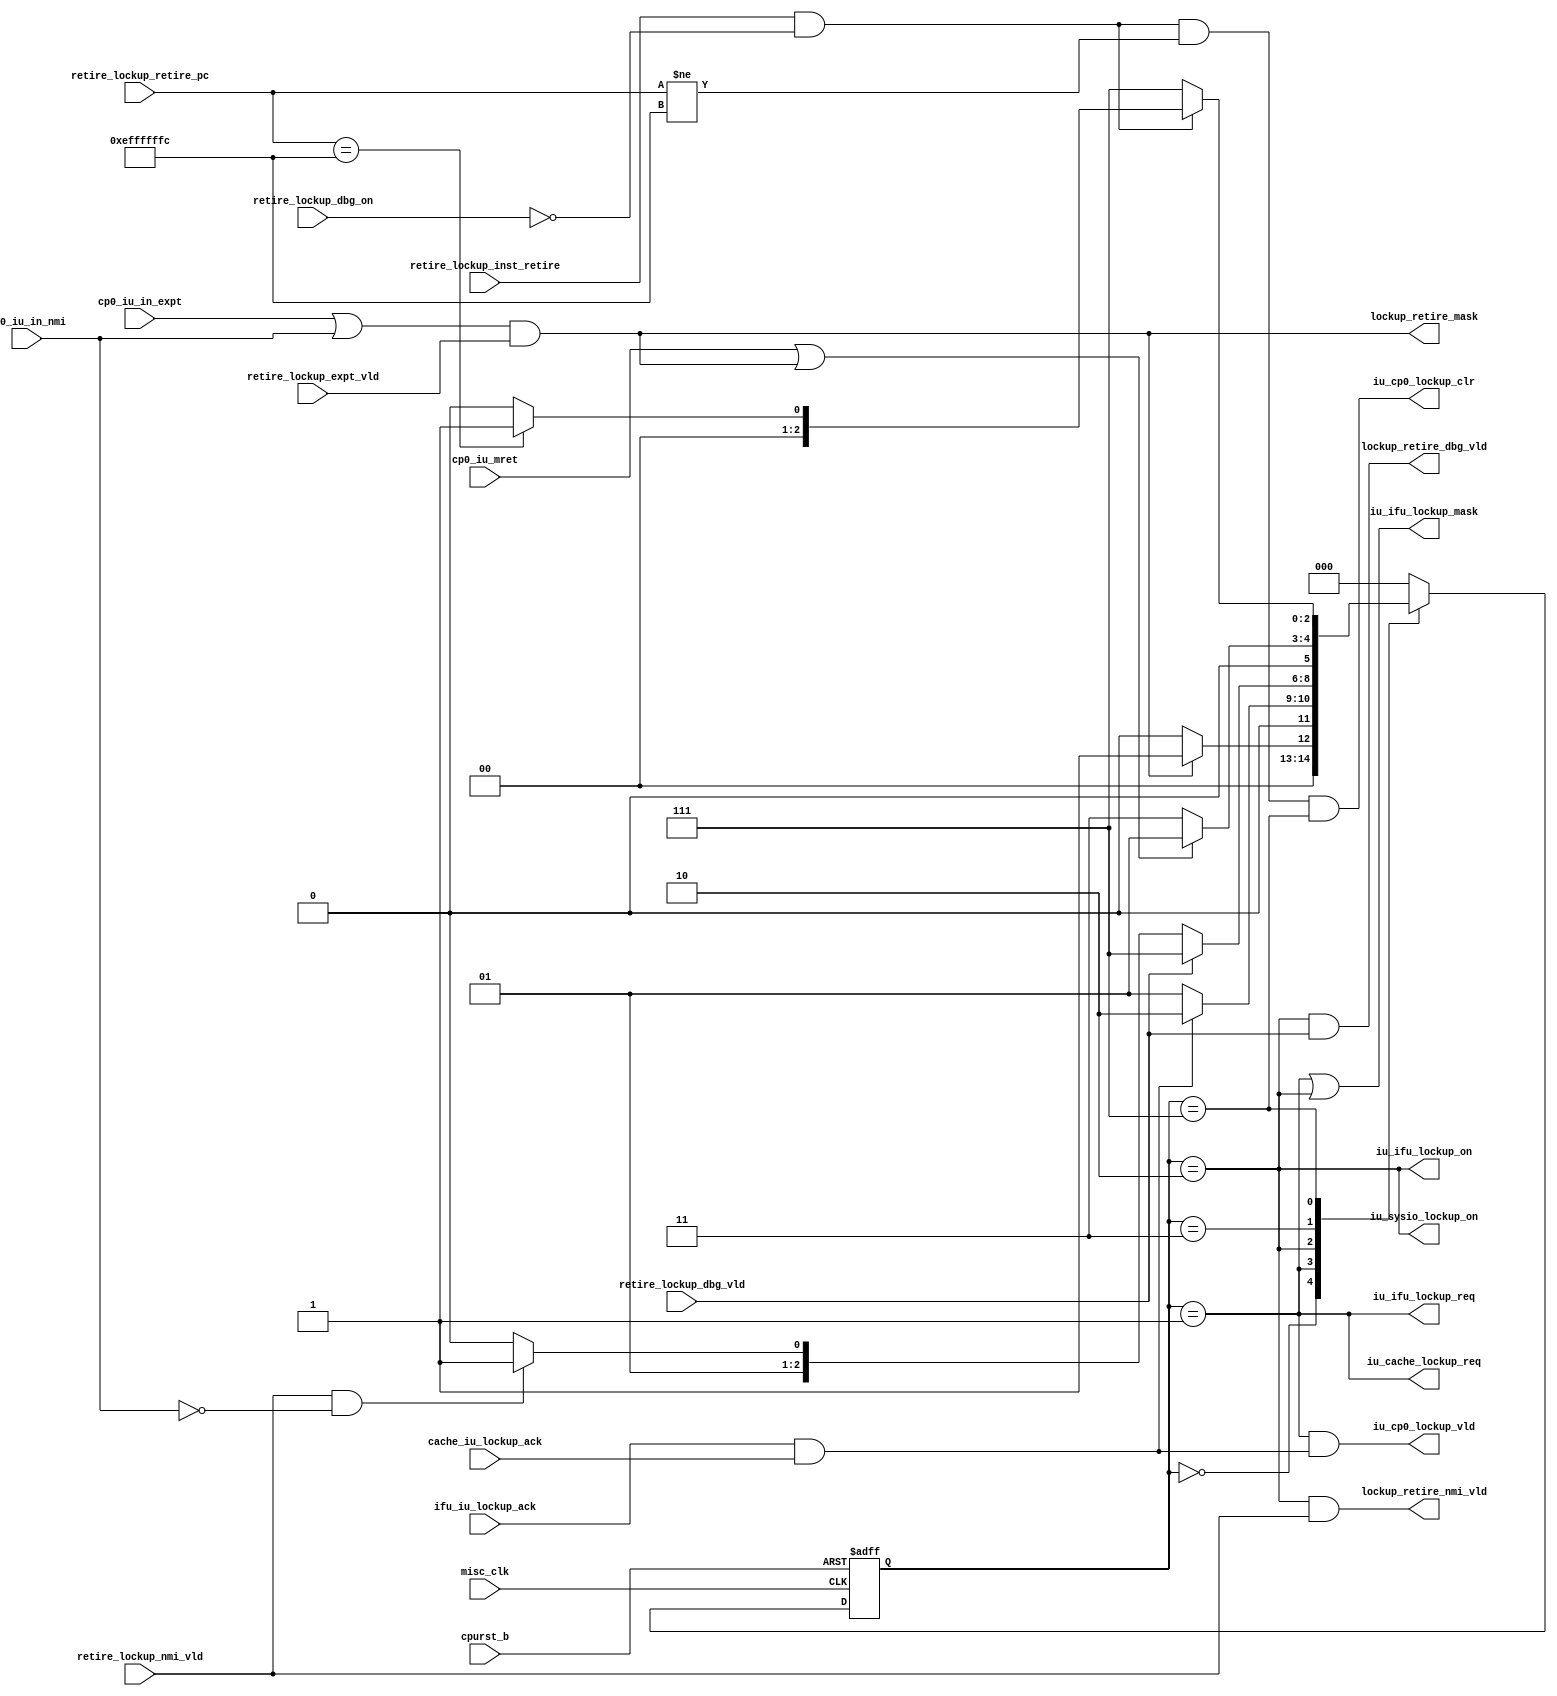
/*Copyright 2018-2021 T-Head Semiconductor Co., Ltd.

Licensed under the Apache License, Version 2.0 (the "License");
you may not use this file except in compliance with the License.
You may obtain a copy of the License at

    http://www.apache.org/licenses/LICENSE-2.0

Unless required by applicable law or agreed to in writing, software
distributed under the License is distributed on an "AS IS" BASIS,
WITHOUT WARRANTIES OR CONDITIONS OF ANY KIND, either express or implied.
See the License for the specific language governing permissions and
limitations under the License.
*/

// &ModuleBeg; @23
module cr_iu_lockup(
  cache_iu_lockup_ack,
  cp0_iu_in_expt,
  cp0_iu_in_nmi,
  cp0_iu_mret,
  cpurst_b,
  ifu_iu_lockup_ack,
  iu_cache_lockup_req,
  iu_cp0_lockup_clr,
  iu_cp0_lockup_vld,
  iu_ifu_lockup_mask,
  iu_ifu_lockup_on,
  iu_ifu_lockup_req,
  iu_sysio_lockup_on,
  lockup_retire_dbg_vld,
  lockup_retire_mask,
  lockup_retire_nmi_vld,
  misc_clk,
  retire_lockup_dbg_on,
  retire_lockup_dbg_vld,
  retire_lockup_expt_vld,
  retire_lockup_inst_retire,
  retire_lockup_nmi_vld,
  retire_lockup_retire_pc
);

// &Ports; @24
input           cache_iu_lockup_ack;      
input           cp0_iu_in_expt;           
input           cp0_iu_in_nmi;            
input           cp0_iu_mret;              
input           cpurst_b;                 
input           ifu_iu_lockup_ack;        
input           misc_clk;                 
input           retire_lockup_dbg_on;     
input           retire_lockup_dbg_vld;    
input           retire_lockup_expt_vld;   
input           retire_lockup_inst_retire; 
input           retire_lockup_nmi_vld;    
input   [31:0]  retire_lockup_retire_pc;  
output          iu_cache_lockup_req;      
output          iu_cp0_lockup_clr;        
output          iu_cp0_lockup_vld;        
output          iu_ifu_lockup_mask;       
output          iu_ifu_lockup_on;         
output          iu_ifu_lockup_req;        
output          iu_sysio_lockup_on;       
output          lockup_retire_dbg_vld;    
output          lockup_retire_mask;       
output          lockup_retire_nmi_vld;    

// &Regs; @25
reg     [2 :0]  lockup_cur_st;            
reg     [2 :0]  lockup_nxt_st;            

// &Wires; @26
wire            cache_iu_lockup_ack;      
wire            cp0_iu_in_expt;           
wire            cp0_iu_in_nmi;            
wire            cp0_iu_mret;              
wire            cpurst_b;                 
wire            ifu_iu_lockup_ack;        
wire            iu_cache_lockup_req;      
wire            iu_cp0_lockup_clr;        
wire            iu_cp0_lockup_vld;        
wire            iu_ifu_lockup_mask;       
wire            iu_ifu_lockup_on;         
wire            iu_ifu_lockup_req;        
wire            iu_sysio_lockup_on;       
wire            lock_up_ack;              
wire            lock_up_vld;              
wire            lockup_retire_dbg_vld;    
wire            lockup_retire_mask;       
wire            lockup_retire_nmi_vld;    
wire            misc_clk;                 
wire            retire_lockup_dbg_on;     
wire            retire_lockup_dbg_vld;    
wire            retire_lockup_expt_vld;   
wire            retire_lockup_inst_retire; 
wire            retire_lockup_nmi_vld;    
wire    [31:0]  retire_lockup_retire_pc;  


// lock up module
// 1. Lock up valid when expt vld in a expt handler, ecall and ebreak excluded
// 2. Lock up will wait IFU empty and mask IFU fetch
// 3. Lock up can react debug and nmi

assign lock_up_vld = (cp0_iu_in_expt || cp0_iu_in_nmi) && retire_lockup_expt_vld;
// Lock up state machine
parameter IDLE  = 3'b000;
parameter WFLU  = 3'b001;
parameter LKUP  = 3'b010;
parameter LKNMI = 3'b011;
parameter LKDBG = 3'b111;

always @ (posedge misc_clk or negedge cpurst_b)
begin
  if(!cpurst_b)
    lockup_cur_st[2:0] <= IDLE;
  else
    lockup_cur_st[2:0] <= lockup_nxt_st[2:0];
end

// &CombBeg; @49
always @( retire_lockup_dbg_vld
       or lock_up_vld
       or lock_up_ack
       or retire_lockup_retire_pc[31:0]
       or retire_lockup_dbg_on
       or retire_lockup_nmi_vld
       or cp0_iu_in_nmi
       or lockup_cur_st[2:0]
       or cp0_iu_mret
       or retire_lockup_inst_retire)
begin
case(lockup_cur_st[2:0])
  IDLE:
  begin
    if(lock_up_vld)
      lockup_nxt_st[2:0] = WFLU;
    else
      lockup_nxt_st[2:0] = IDLE;
  end
  WFLU:
  begin
    if(lock_up_ack)
      lockup_nxt_st[2:0] = LKUP;
    else
      lockup_nxt_st[2:0] = WFLU;
  end
  LKUP:
  begin
    if(retire_lockup_dbg_vld)
      lockup_nxt_st[2:0] = LKDBG;
    else if(retire_lockup_nmi_vld && !cp0_iu_in_nmi)
      lockup_nxt_st[2:0] = LKNMI;
    else
      lockup_nxt_st[2:0] = LKUP;
  end
  LKNMI:
  begin
    if(cp0_iu_mret || lock_up_vld)
      lockup_nxt_st[2:0] = WFLU;
    else
      lockup_nxt_st[2:0] = LKNMI;
  end
  LKDBG:
  begin
    if(retire_lockup_inst_retire && !retire_lockup_dbg_on)
      if(retire_lockup_retire_pc[31:0] == 32'hEFFFFFFC)
        lockup_nxt_st[2:0] = WFLU;
      else
        lockup_nxt_st[2:0] = IDLE;
    else
      lockup_nxt_st[2:0] = LKDBG;
  end
  default:
  begin
    lockup_nxt_st[2:0] = IDLE;
  end
endcase
// &CombEnd; @96
end

assign lock_up_ack         = ifu_iu_lockup_ack && cache_iu_lockup_ack;
assign iu_ifu_lockup_req   = lockup_cur_st[2:0] == WFLU;
assign iu_cache_lockup_req = lockup_cur_st[2:0] == WFLU;
assign iu_ifu_lockup_on    = lockup_cur_st[2:0] == LKUP;
assign iu_sysio_lockup_on  = lockup_cur_st[2:0] == LKUP;

assign lockup_retire_mask    = lock_up_vld;
assign lockup_retire_nmi_vld = lockup_cur_st[2:0] == LKUP && retire_lockup_nmi_vld;
assign lockup_retire_dbg_vld = lockup_cur_st[2:0] == LKUP && retire_lockup_dbg_vld;

assign iu_cp0_lockup_vld     = lockup_cur_st[2:0] == WFLU && lock_up_ack;
assign iu_cp0_lockup_clr     = retire_lockup_inst_retire && !retire_lockup_dbg_on
                            && retire_lockup_retire_pc[31:0] != 32'hEFFFFFFC
                            && lockup_cur_st[2:0] == LKDBG;

assign iu_ifu_lockup_mask   = lockup_cur_st[2:0] == WFLU || lockup_cur_st[2:0] == LKUP;

// &ModuleEnd; @115
endmodule